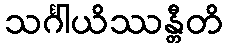
သင်္ဂါယိဿန္တီတိ